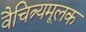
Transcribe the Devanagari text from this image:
वैचित्र्यमूलक